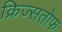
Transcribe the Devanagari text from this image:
क्रिज्सतोफ